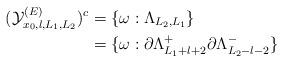
LaTeX: \begin{align*} (\mathcal{Y}^{(E)}_{x_0,l,L_1,L_2})^c &= \{\omega: \Lambda_{L_2,L_1}\}\\ &= \{\omega:\partial\Lambda^+_{L_1+l+2}\partial\Lambda^-_{L_2-l-2}\} \end{align*}